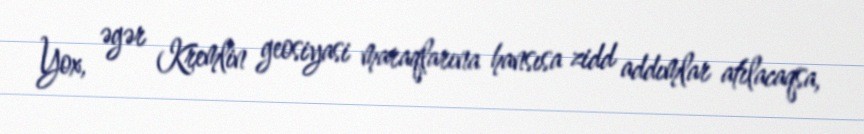
Yox, əgər Kremlin geosiyasi maraqlarına hansısa zidd addımlar atılacaqsa,